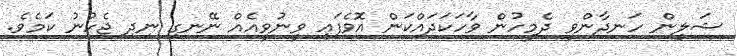
ޝަލީން ހަނދާންވީ ދެމީހުން ވާހަކަދައްކަން އޮވެފައި ވީނުވީއެއް ނޭނގި ނިދި ޖެހުނު ކަމެވެ.